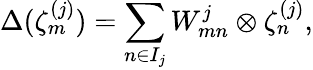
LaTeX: \Delta(\zeta_{m}^{(j)})=\sum_{n\in I_{j}}W_{mn}^{j}\otimes\zeta_{n}^{(j)},